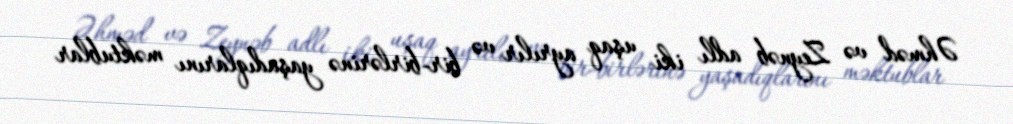
Əhməd və Zeynəb adlı iki uşaq ayrılır və bir-birlərinə yaşadıqlarını məktublar